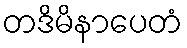
တဒိမိနာပေတံ